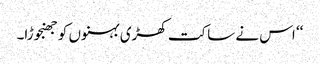
‘‘ اس نے ساکت کھڑی بہنوں کو جھنجوڑا۔